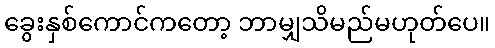
ခွေးနှစ်ကောင်ကတော့ ဘာမျှသိမည်မဟုတ်ပေ။